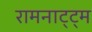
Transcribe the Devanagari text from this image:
रामनाट्ट्म